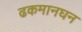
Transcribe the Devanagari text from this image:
ढकमानघन